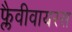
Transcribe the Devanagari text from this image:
फ्लैवीवायरस